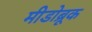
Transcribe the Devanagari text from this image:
मीडोब्रूक